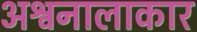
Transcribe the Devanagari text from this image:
अश्वनालाकार